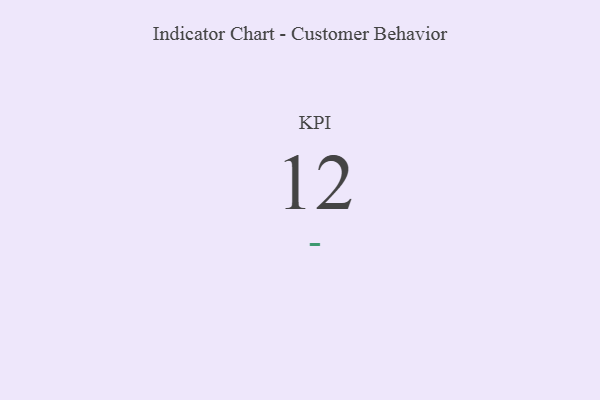
{"axis": {"x": "KPI", "y": "Value"}, "legend": [""], "data": [{"x": "KPI", "y": 12, "type": ""}]}